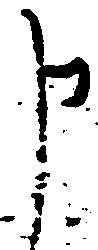
申